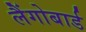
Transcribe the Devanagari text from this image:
लैंगोबार्ड